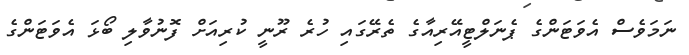
ނަމަވެސް އެވަޓަންގެ ޕެނަލްޓީއޭރިއާގެ ތެރޭގައި ހުރެ ރޫނީ ކުރިއަށް ފޮނުވާލި ބޯޅަ އެވަޓަންގެ